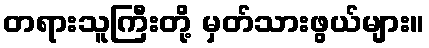
တရားသူကြီးတို့ မှတ်သားဖွယ်များ။